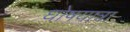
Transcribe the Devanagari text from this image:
घोषयात्रा